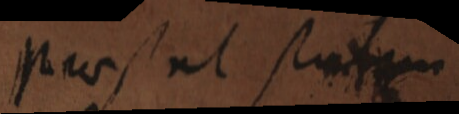
prosut situm